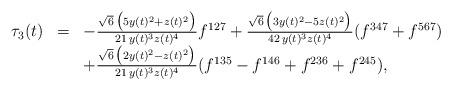
LaTeX: \begin{align*}\begin{array}{lcl}\tau_3 (t) &=&-\frac{\sqrt{6}\,\big(5y(t)^2+z(t)^2\big)}{21\,y(t)^3 z(t)^4}f^{127}+\frac{\sqrt{6}\,\big(3y(t)^2-5z(t)^2\big)}{42\,y(t)^3z(t)^4}(f^{347}+f^{567})\\&&+\frac{\sqrt{6}\,\big(2y(t)^2-z(t)^2\big)}{21\,y(t)^3 z(t)^4}(f^{135}-f^{146}+f^{236}+f^{245}),\end{array}\end{align*}